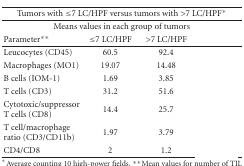
<table><thead><tr><td colspan="4"><b> Tumors with ≤7 LC/HPF versus tumors with &gt;7 LC/HPF*</b></td></tr></thead><tbody><tr><td colspan="4"> Means values in each group of tumors</td></tr><tr><td>Parameter**</td><td>≤7 LC/HPF</td><td>&gt;7 LC/HPF</td><td>[EMPTY_CELL]</td></tr><tr><td>Leucocytes (CD45)</td><td>60.5</td><td> 92.4</td><td>[EMPTY_CELL]</td></tr><tr><td>Macrophages (MO1)</td><td>19.07</td><td>14.48</td><td>[EMPTY_CELL]</td></tr><tr><td>B cells (IOM-1)</td><td>1.69</td><td> 3.85</td><td>[EMPTY_CELL]</td></tr><tr><td>T cells (CD3)</td><td>31.2</td><td> 51.6</td><td>[EMPTY_CELL]</td></tr><tr><td>Cytotoxic/suppressor T cells (CD8)</td><td>14.4</td><td>25.7</td><td>[EMPTY_CELL]</td></tr><tr><td>T cell/macrophage ratio (CD3/CD11b)</td><td>1.97</td><td> 3.79</td><td>[EMPTY_CELL]</td></tr><tr><td>CD4/CD8</td><td>2</td><td> 1.2</td><td>[EMPTY_CELL]</td></tr></tbody></table>